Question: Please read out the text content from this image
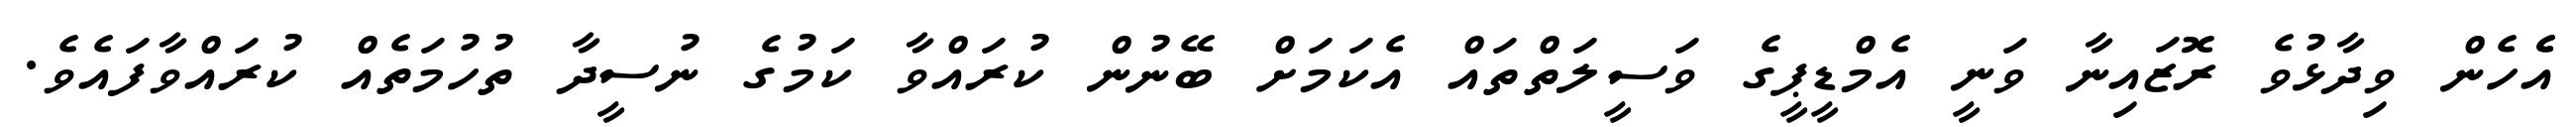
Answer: އެެހެން ވިދާޅުވެ ރޮޒައިނާ ވަނީ އެމްޑީޕީގެ ވަސީލަތްތައް އެކަމަށް ބޭނުން ކުރައްވާ ކަމުގެ ނުސީދާ ތުހުމަތެއް ކުރައްވާފައެވެ.